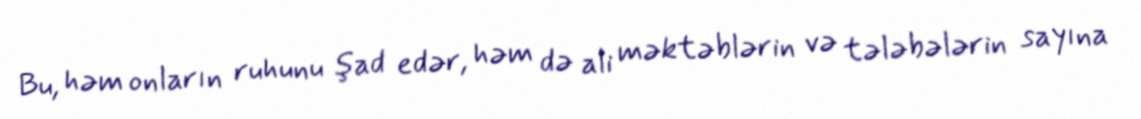
Bu, həm onların ruhunu şad edər, həm də ali məktəblərin və tələbələrin sayına